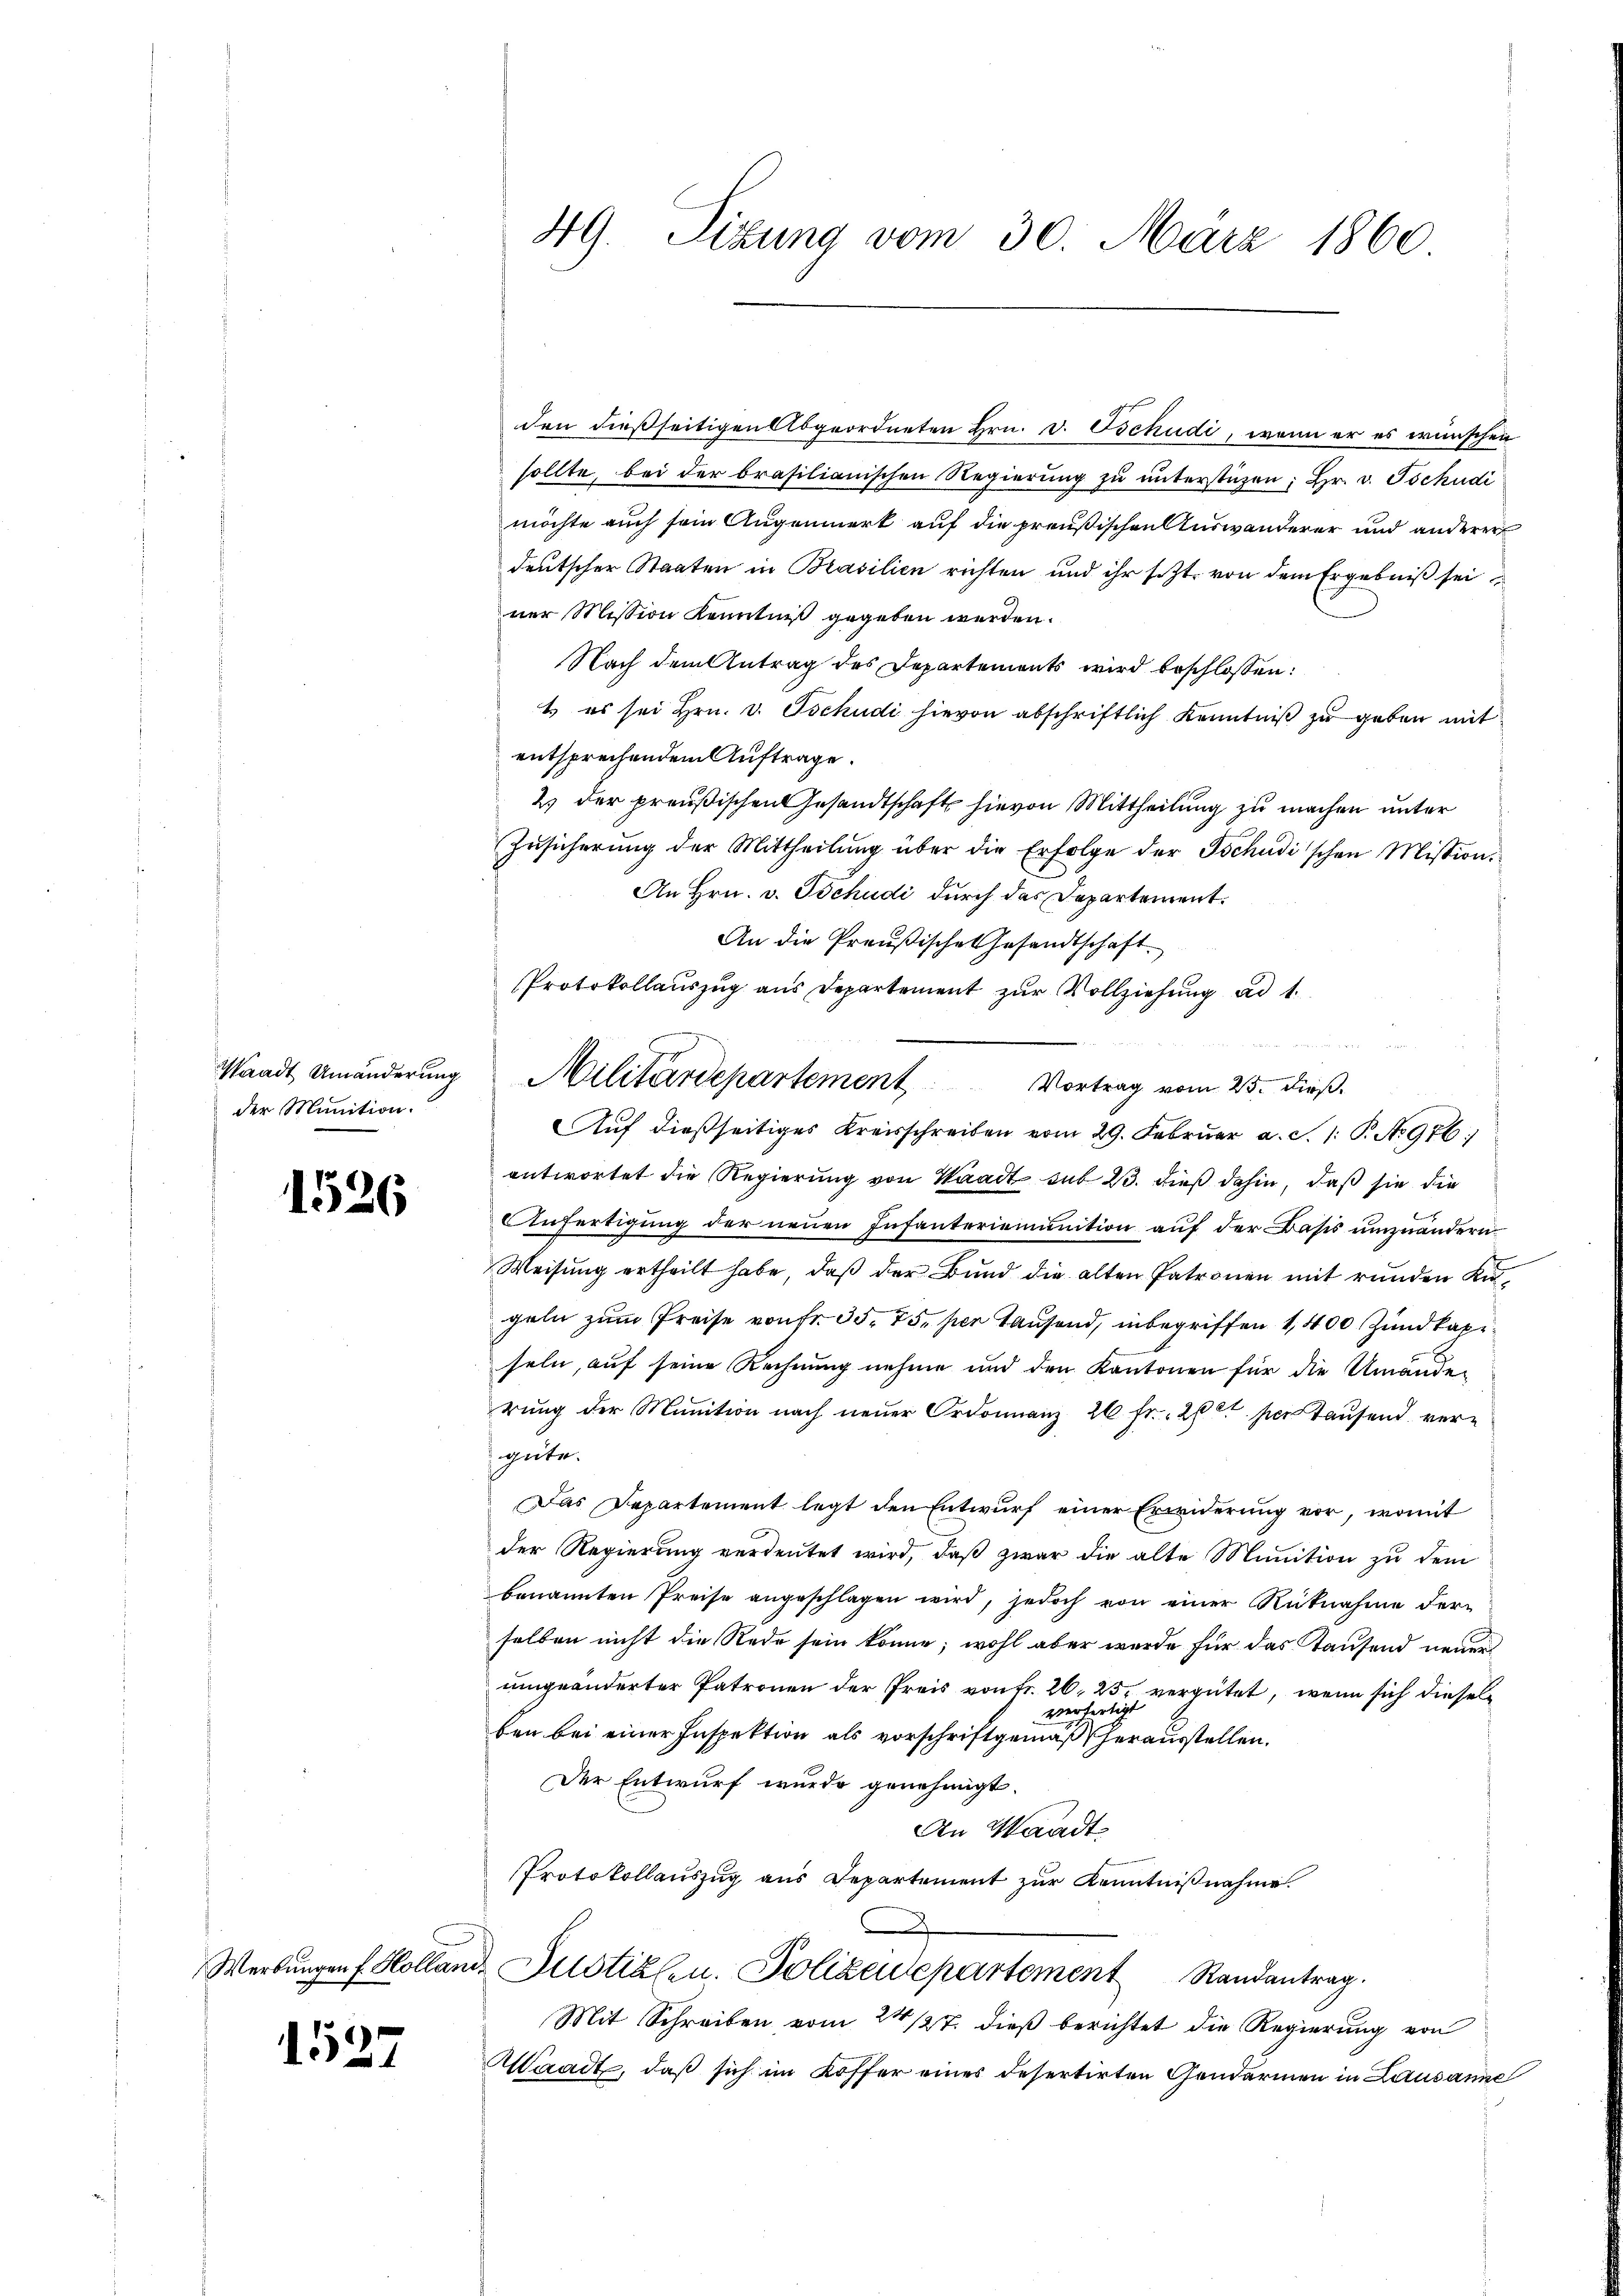
Waadt Umänderung
der Munition.

1526

Werbungen f Hollan

1527

den dießseitigen Abgeordneten Hrn. v. Tschudi, wenn er es wünschen
sollte, bei der brasilianischen Regierŭng zŭ ŭnterstüzen; Hr. v. Tschudi
möchte auch sein Augenmerk auf die preußischen Auswanderer und anderer
deutscher Staaten in Brasilien richten und ihr s. Zt. von dem Ergebniß sei
ner Mission Kenntniß gegeben werden.
Nach dem Antrag des Departements wird beschlossen:
t es sei Hrn. v. Tschudi hievon abschriftlich Kenntniß zu geben mit
entsprechendem Auftrage.
2) der preußischen Gesandtschaft hievon Mittheilung zu machen unter
Zusicherŭng der Mittheilŭng über die Erfolge der Tschudi'schen Mission.
An Hrn. v. Tschudi durch das Departement.
An die Preußische Gesandtschaft.
Protokollauszug aus Departement zur Vollziehung ad 1.
Auf dießseitiges Kreisschreiben vom 29. Februar a. S. 1: P. No 976.)
antwortet die Regierung von Waadt sub 23. dieß dahin, daß sie die
Anfertigung der neuen Infanteriemunition auf der Basis umzuändern
Weisung ertheilt habe, daß der Bund die alten Patronen mit runden Kingeln zum Preise von fr. 35. 75. per Tausend, inbegriffen 1,400 Zundkapiseln, auf seine Rechnung nehme und den Kantonen für die Umände-
rung der Munition nach neuer Ordonnanz 26 fr. 20t per Tausend vergute.
Das Departement legt den Entwurf einer Erwiderung vor, womit
der Regierung verdeutet wird, daß zwar die alte Munition zu dem
benannten Preise angeschlagen wird, jedoch von einer Rücknahme der-
selben nicht die Rede sein könne; wohl aber wurde für das Kaufend neuer
umgeänderter Patronen der Preis von fr. 26, 25. vergütet, wenn sich diesel
verfertigt
ben bei einer Inspektion als vorschriftgemäß herausstellen.
Der Entwurf wurde genehmigt.
An Waadt
Protokollauszug aus Departement zur Kenntnißnahme.
d. Justialen. Polizendepartement Randantrag.
Mit Schreiben vom 24 /27. dieß berichtet die Regierung von
Waadt, daß sich im Koffer eines desertirten Gendarmen in Lausanne

19.
Sitzung vom 30. März 1860

Militärdepartement Vortrag vom 25. dieß.